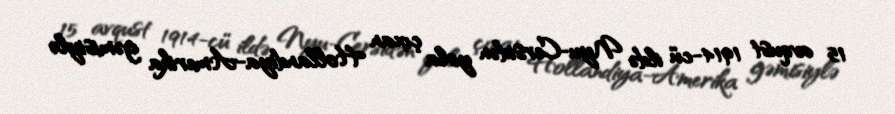
15 avqust 1914-cü ildə Nyu-Cersidən yola çıxan Hollandiya-Amerika gəmisiylə